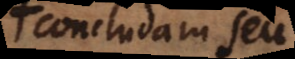
concludam seu